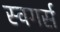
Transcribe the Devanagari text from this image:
स्विंगर्स